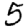
Digit: 5